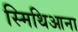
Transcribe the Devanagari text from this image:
स्मिथिआना